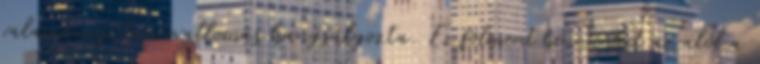
valamennyi tanúvallomás hangsúlyozta. Ez fölment bennünket az alól a